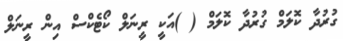
ގުރުދާ ކޮލަމް ގުރުދާ ކޮލަމް ( )އަކީ ރީނަލް ކޯޓެކްސް އިން ރީނަލް